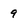
Character: 9